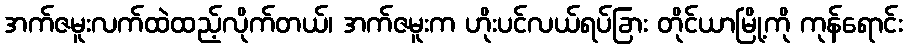
အက်ဇမူးလက်ထဲထည့်လိုက်တယ်၊ အက်ဇမူးက ဟိုးပင်လယ်ရပ်ခြား တိုင်ယာမြို့ကို ကုန်ရောင်း